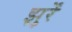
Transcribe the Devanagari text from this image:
झुर्रें